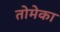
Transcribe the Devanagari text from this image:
तोमेका